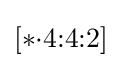
[*{\cdot }4{:}4{:}2]